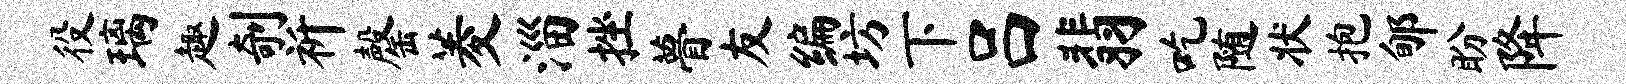
役璃趣剞祈罄菱淄挫瞢友编坊下吕翡吃随状抱郇盼降